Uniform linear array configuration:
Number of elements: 4
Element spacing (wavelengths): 0.5
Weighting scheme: uniform
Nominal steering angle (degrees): -45
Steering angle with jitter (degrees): -43.353
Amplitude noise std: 0.05
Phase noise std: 0.05

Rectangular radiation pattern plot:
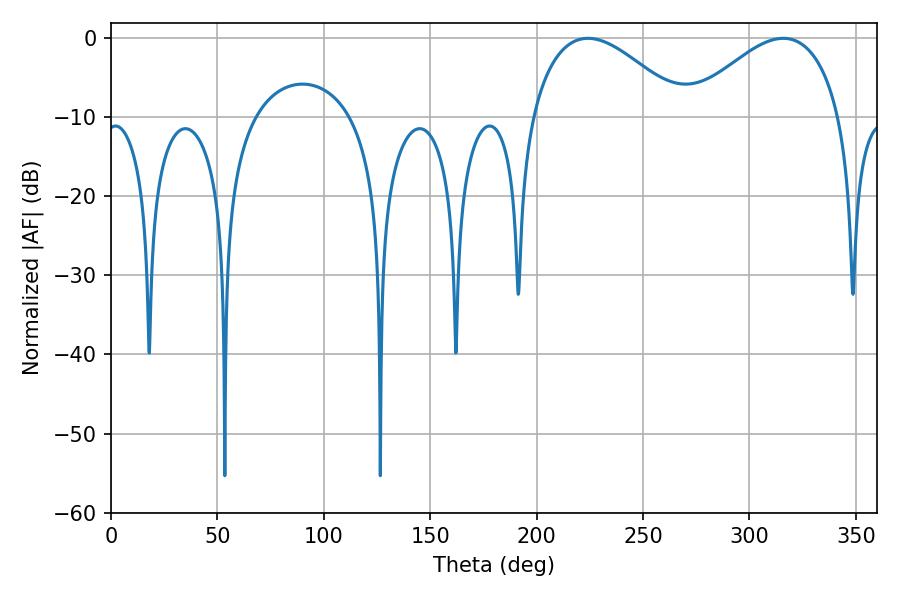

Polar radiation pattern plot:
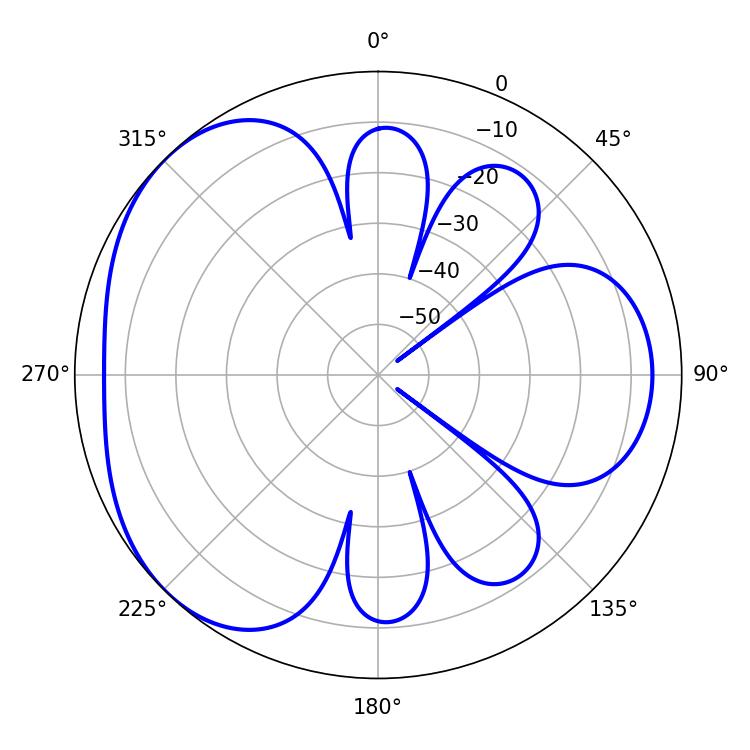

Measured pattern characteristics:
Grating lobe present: FALSE
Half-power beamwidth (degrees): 39.24
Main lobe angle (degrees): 224.1